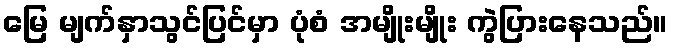
မြေ မျက်နှာသွင်ပြင်မှာ ပုံစံ အမျိုးမျိုး ကွဲပြားနေသည်။